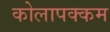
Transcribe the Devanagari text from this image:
कोलापक्कम